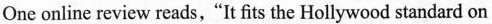
One online review reads,"It fits the Hollywood standard on